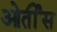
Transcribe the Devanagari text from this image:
ओर्तीस